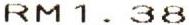
RM1.38